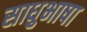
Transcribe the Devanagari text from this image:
साधुभाषा